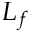
L _ { f }